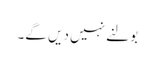
بولنے نہیں دیں گے۔